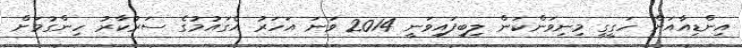
އިންޑިއާއަށް ހަގީގީ މިނިވަންކަން ލިބިފައިވަނީ 2014 ވަނަ އަހަރު އެގައުމުގެ ސަރުކާރު ހިންގުމަށް